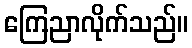
ကြေညာလိုက်သည်။